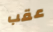
عقب